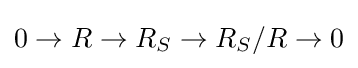
0\to R\to R_{S}\to R_{S}/R\to 0